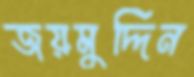
জয়মুদ্দিন